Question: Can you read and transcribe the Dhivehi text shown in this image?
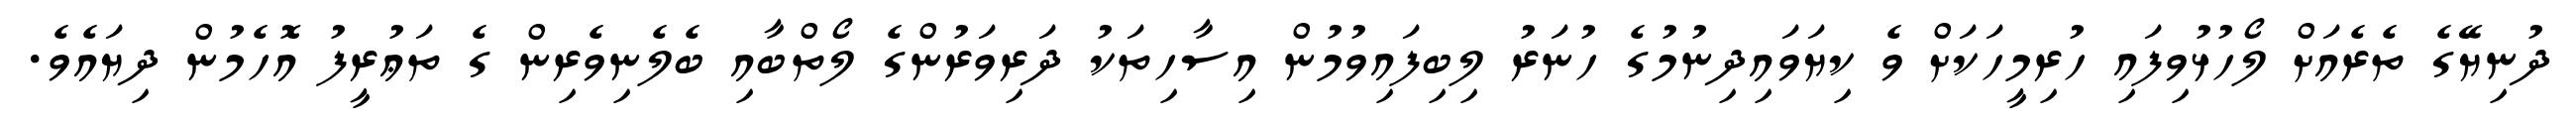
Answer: ދުނިޔޭގެ ތެރެއަށް ލޯހުޅުވިފައި ހުރިމީހަކަށް ވެ ކިޔަވައިދިނުމުގެ ހުނަރު ލިބިފައިވުމުން އިސާހިތަކު ދަރިވަރުންގެ ލޯތްބާއި ބެލެނިވެރިން ގެ ތަޢުރީފު އޮހެމުން ދިޔައެވެ.